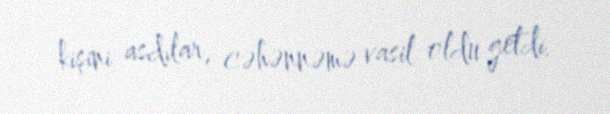
kişini asdılar, cəhənnəmə vasil oldu getdi.